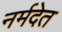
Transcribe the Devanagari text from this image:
नर्मदेत